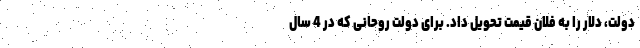
دولت، دلار را به فلان قیمت تحویل داد. برای دولت روحانی که در 4 سال